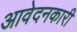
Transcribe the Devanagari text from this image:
आवेदनकारी